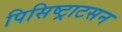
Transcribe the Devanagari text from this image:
पिसिष्ट्राटसन